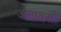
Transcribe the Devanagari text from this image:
अनाक्सी